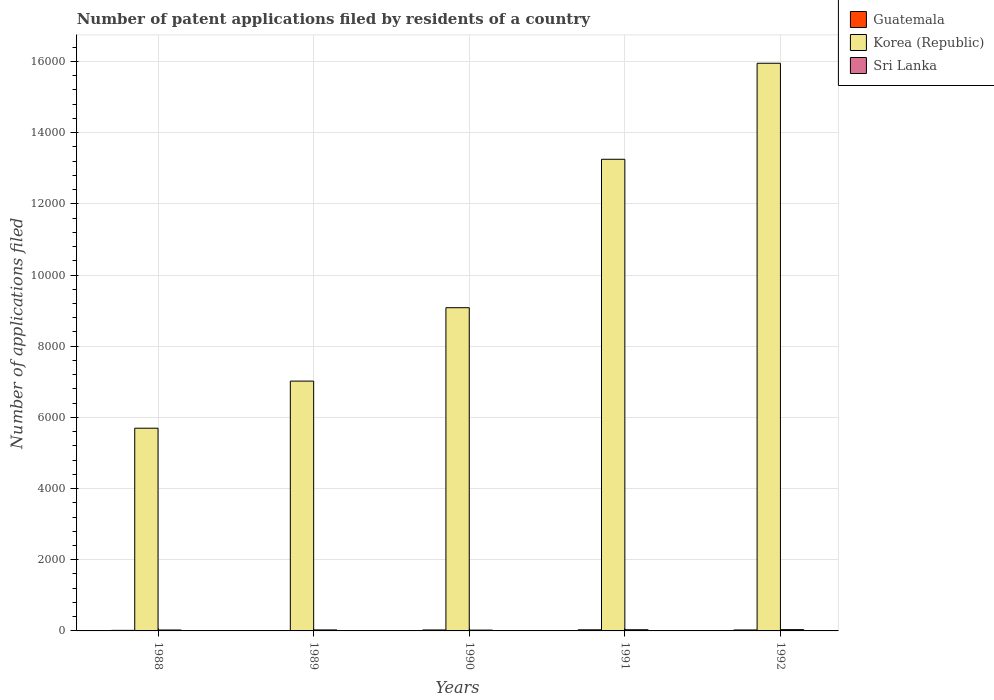
| Years | Guatemala | Korea (Republic) | Sri Lanka |
 | --- | --- | --- | --- |
 | 1988 | 16 | 5.7e+03 | 26 |
 | 1989 | 5 | 7.02e+03 | 28 |
 | 1990 | 27 | 9.08e+03 | 23 |
 | 1991 | 31 | 1.33e+04 | 33 |
 | 1992 | 27 | 1.6e+04 | 36 |